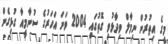
މީގެ އިތުރުން ނިމާލް ވިދާޅުވި ގޮތުގައި 2004 ވަނަ އަހަރުގެ ސުނާމީއާ ގުޅިގެން